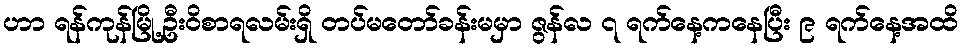
ဟာ ရန်ကုန်မြို့ဦးဝိစာရလမ်းရှိ တပ်မတော်ခန်းမမှာ ဇွန်လ ၇ ရက်နေ့ကနေပြီး ၉ ရက်နေ့အထိ